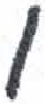
אות: ו